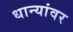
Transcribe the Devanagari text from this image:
धान्यांवर